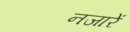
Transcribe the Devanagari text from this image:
नजारें